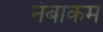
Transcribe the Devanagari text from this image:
नंबाकम